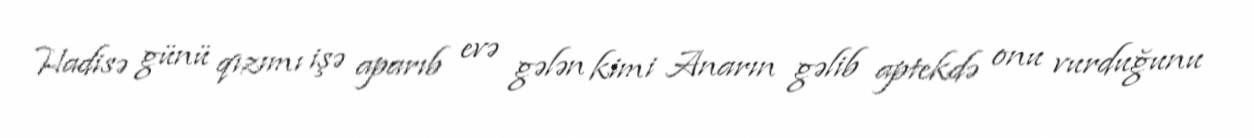
Hadisə günü qızımı işə aparıb evə gələn kimi Anarın gəlib aptekdə onu vurduğunu